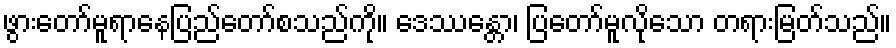
ဖွားတော်မူရာနေပြည်တော်စသည်ကို။ ဒေဿန္တော၊ ပြတော်မူလိုသော တရားမြတ်သည်။